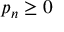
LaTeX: p _ { n } \geq 0